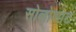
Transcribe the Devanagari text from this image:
सोलोशोट